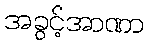
အခွင့်အာဏာ